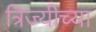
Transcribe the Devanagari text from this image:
त्रिज्यीच्या